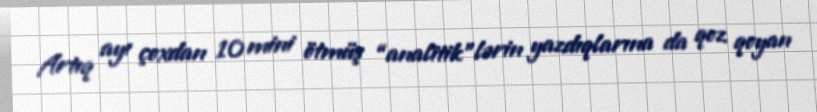
Artıq ayı çoxdan 10 mini ötmüş “analitik”lərin yazdıqlarına da qoz qoyan